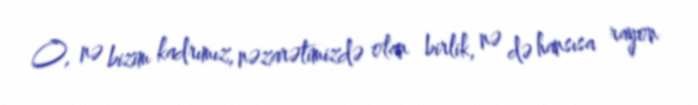
O, nə bizim kadrımız, nəzarətimizdə olan birlik, nə də hansısa rayon